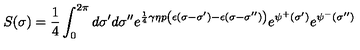
S ( \sigma ) = \frac { 1 } { 4 } \int _ { 0 } ^ { 2 \pi } d \sigma ^ { \prime } d \sigma ^ { \prime \prime } e ^ { \frac { 1 } { 4 } \gamma \eta p \left( \epsilon ( \sigma - \sigma ^ { \prime } ) - \epsilon ( \sigma - \sigma ^ { \prime \prime } ) \right) } e ^ { \psi ^ { + } ( \sigma ^ { \prime } ) } e ^ { \psi ^ { - } ( \sigma ^ { \prime \prime } ) }